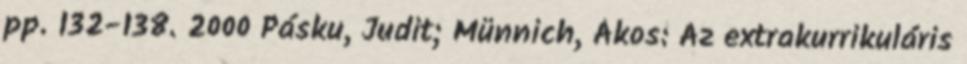
pp. 132-138. 2000 Pásku, Judit; Münnich, Ákos: Az extrakurrikuláris